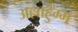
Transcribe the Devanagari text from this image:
अल्लाहुम्म